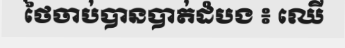
ថៃចាប់បានបាត់ដំបង ៖ ឈើ